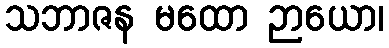
သဘာဇန မထော ဉာယော၊